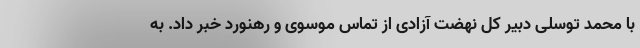
با محمد توسلی دبیر کل نهضت آزادی از تماس موسوی و رهنورد خبر داد. به